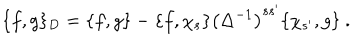
LaTeX: \{ f , g \} _ { D } = \{ f , g \} - \{ f , \chi _ { s } \} \left( \Delta ^ { - 1 } \right) ^ { s s ^ { \prime } } \{ \chi _ { s ^ { \prime } } , g \} \ .